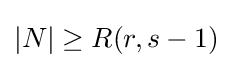
|N|\geq R(r,s-1)